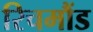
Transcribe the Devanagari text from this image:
रिचमौंड